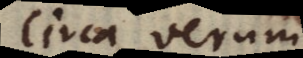
circa verum